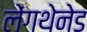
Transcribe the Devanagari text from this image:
लेंगथेनेड